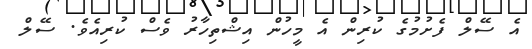
އެ ސޭލް ފެށުމުގެ ކުރިން އެ މީހުން އިޝްތިހާރު ވެސް ކުރިއެވެ. ސޭލް